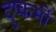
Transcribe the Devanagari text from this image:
दुष्कर्मी